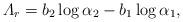
LaTeX: \begin{align*} \varLambda_{r}=b_{2}\log\alpha_{2}-b_{1}\log \alpha_{1},\end{align*}